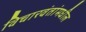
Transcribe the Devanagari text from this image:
विचारवंतांमधील